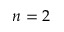
n = 2